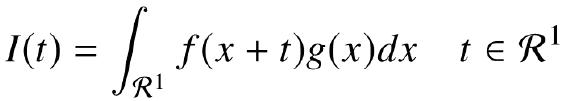
\[I(t) = \int_{\mathcal{R}^1} f(x + t)g(x)dx \quad t \in \mathcal{R}^1\]